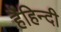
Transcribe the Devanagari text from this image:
हैंहिन्दी